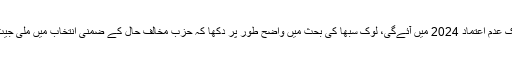
وزیر اعظم مودی کی اس ترش مزاجی کے باوجود کہ ان کے خلاف اگلی تحریک عدم اعتماد 2024 میں آئے‌گی، لوک سبھا کی بحث میں واضح طور پر دکھا کہ حزب مخالف حال کے ضمنی انتخاب میں ملی جیت اور کرناٹک میں ہوئے سیاسی واقعات کے سبب نئی توانائی سے بھرا ہوا ہے۔